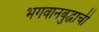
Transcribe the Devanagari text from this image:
भगवानबुद्धाची